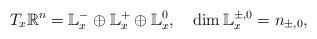
LaTeX: \begin{align*}T_{x}\mathbb{R}^{n}=\mathbb{L}_{x}^{-}\oplus\mathbb{L}_{x}^{+}\oplus\mathbb{L}_{x}^{0},\quad\dim\mathbb{L}_{x}^{\pm,0}=n_{\pm,0},\end{align*}